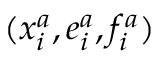
( x _ { i } ^ { a } , e _ { i } ^ { a } , f _ { i } ^ { a } )